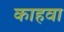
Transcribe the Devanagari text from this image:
काहवा